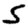
Digit: 5